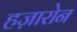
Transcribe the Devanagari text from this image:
हज़ारोन